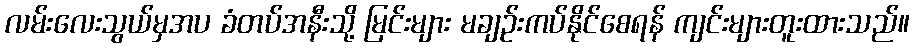
လမ်းလေးသွယ်မှအပ ခံတပ်အနီးသို့ မြင်းများ မချဉ်းကပ်နိုင်စေရန် ကျင်းများတူးထားသည်။